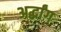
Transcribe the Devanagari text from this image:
अर्द्धांग